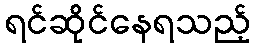
ရင်ဆိုင်နေရသည့်